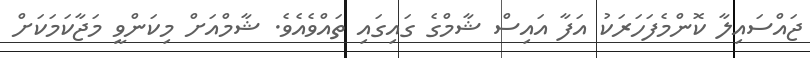
ޖައްސައިލާ ކޮންމެފަހަރަކު އަފާ އައިސް ޝާމްގެ ގައިގައި ތައްވެއެވެ. ޝާމްއަށް މިކަންވީ މަޖާކަމަކަށް